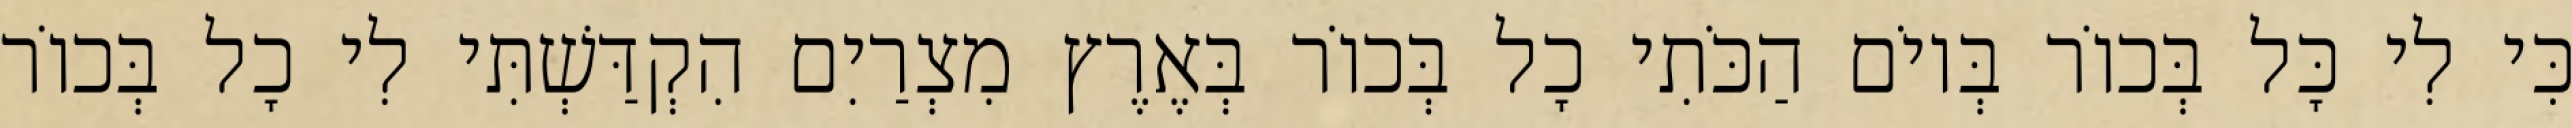
כִּי לִי כָּל בְּכוֹר בְּיוֹם הַכֹּתִי כָל בְּכוֹר בְּאֶרֶץ מִצְרַיִם הִקְדַּשְׁתִּי לִי כָל בְּכוֹר